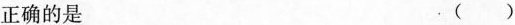
正确的是.()